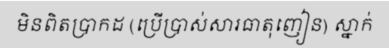
មិនពិតប្រាកដ (ប្រើប្រាស់សារធាតុញៀន) ស្នាក់